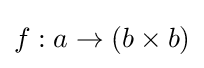
f:a\rightarrow (b\times b)